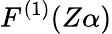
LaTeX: F^{(1)}(Z\alpha)